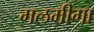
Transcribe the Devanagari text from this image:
मलमीगा